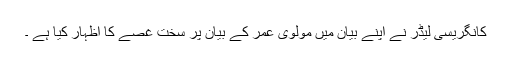
کانگریسی لیڈر نے اپنے بیان میں مولوی عمر کے بیان پر سخت غصے کا اظہار کیا ہے ۔